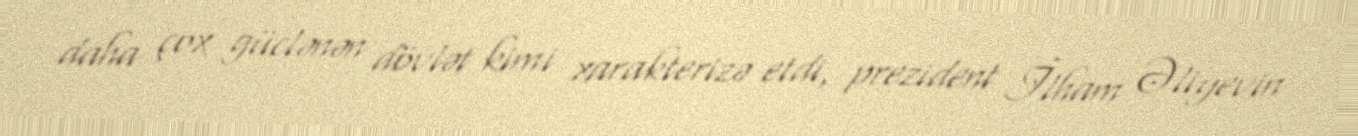
daha çox güclənən dövlət kimi xarakterizə etdi, prezident İlham Əliyevin